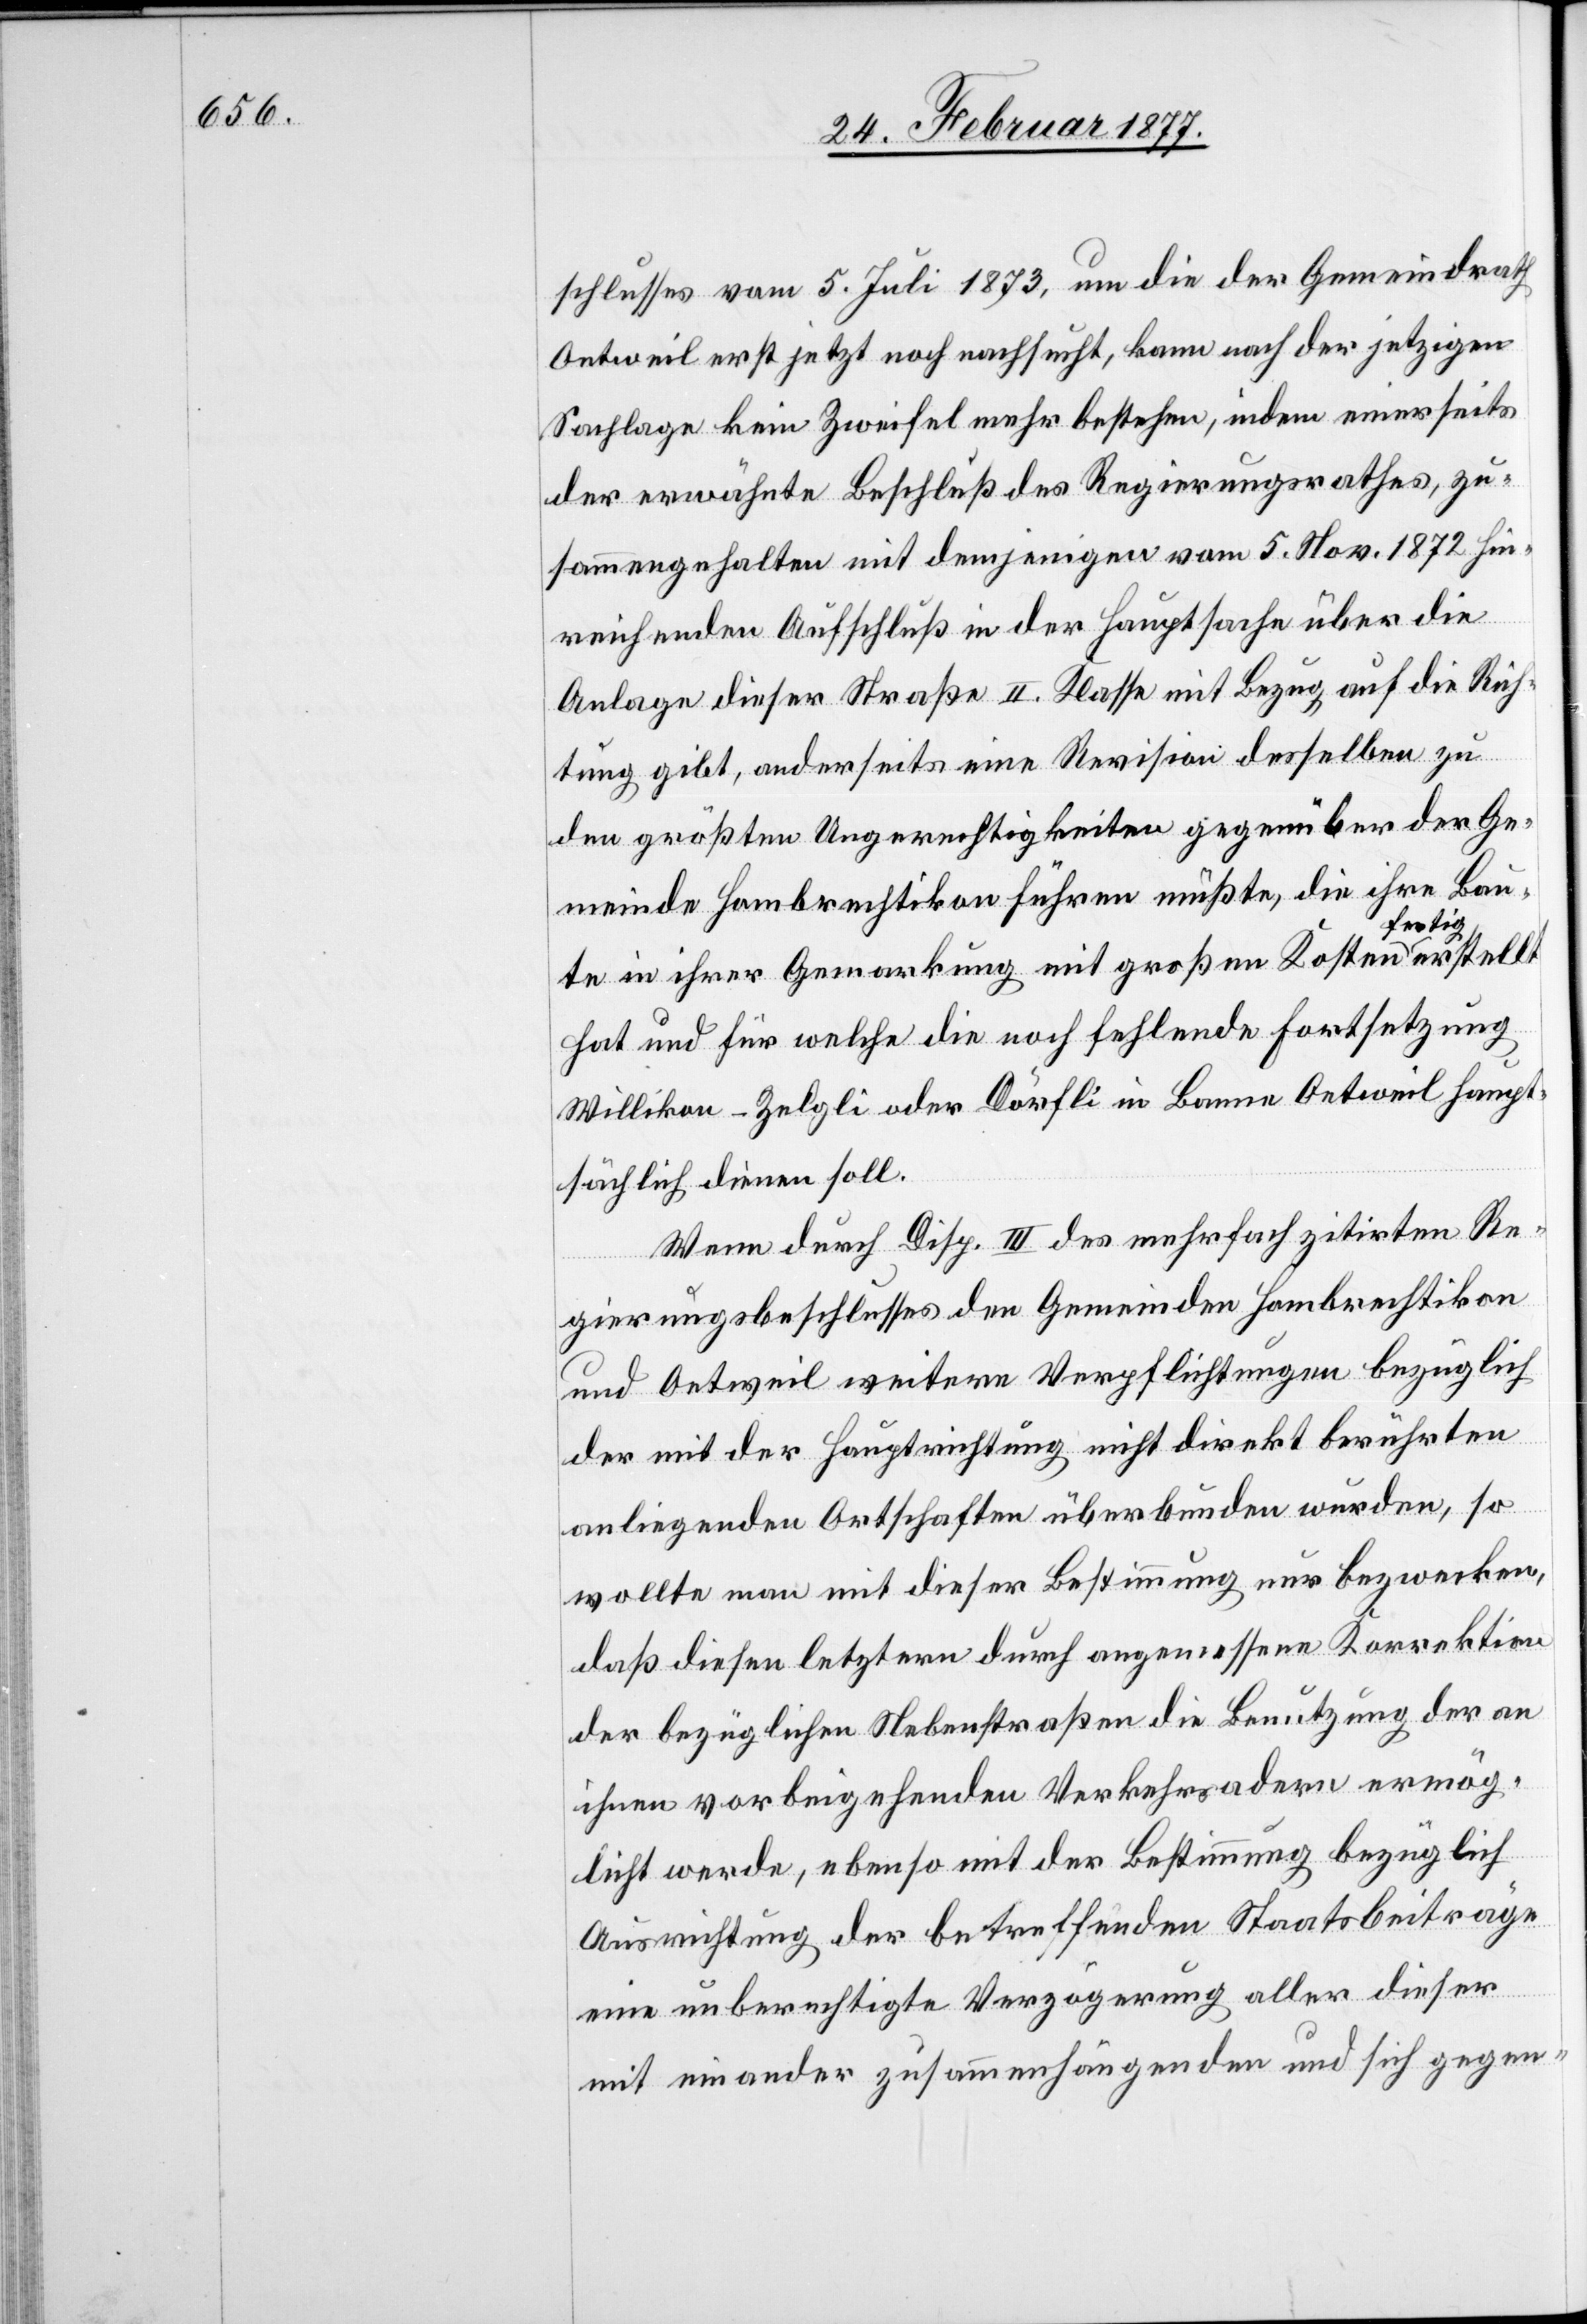
schlusses vom 5. Juli 1873, um die der Gemeindrath
Oetweil erst jetzt noch nachsucht, kann nach der jetzigen
Sachlage kein Zweifel mehr bestehen, indem einerseits
der erwähnte Beschluß des Regierungsrathes, zu¬
sammengehalten mit demjenigen vom 5. Nov. 1872 hin¬
reichenden Aufschluß in der Hauptsache über die
Anlage dieser Straße II. Klasse mit Bezug auf die Rich¬
tung gibt, anderseits eine Revision desselben zu
den größten Ungerechtigkeiten gegenüber der Ge¬
meinde Hombrechtikon führen müßte, die ihre Bau¬
te in ihrer Gemarkung mit großen Kosten fertig erstellt
hat und für welche die noch fehlende Fortsetzung
Willikon–Zelgli oder Dörfli in Banne Oetweil haupt¬
sächlich dienen soll.
Wenn durch Disp. III des mehrfach zitirten Re¬
gierungsbeschlusses den Gemeinden Hombrechtikon
und Oetweil weitere Verpflichtungen bezüglich
der mit der Hauptrichtung nicht direkt berührten
anliegenden Ortschaften überbunden wurden, so
wollte man mit dieser Bestimmung nur bezwecken,
daß diesen letztern durch angemessene Korrektion
der bezüglichen Nebenstraßen die Benutzung der an
ihnen vorbeigehenden Verkehrsadern ermög¬
licht werde, ebenso mit der Bestimmung bezüglich
Ausrichtung der betreffenden Staatsbeiträge
eine unberechtigte Verzögerung aller dieser
mit einander zusammenhängenden und sich gegen-